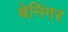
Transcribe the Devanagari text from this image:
बेनिंगर